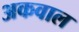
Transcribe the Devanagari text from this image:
अकवाल